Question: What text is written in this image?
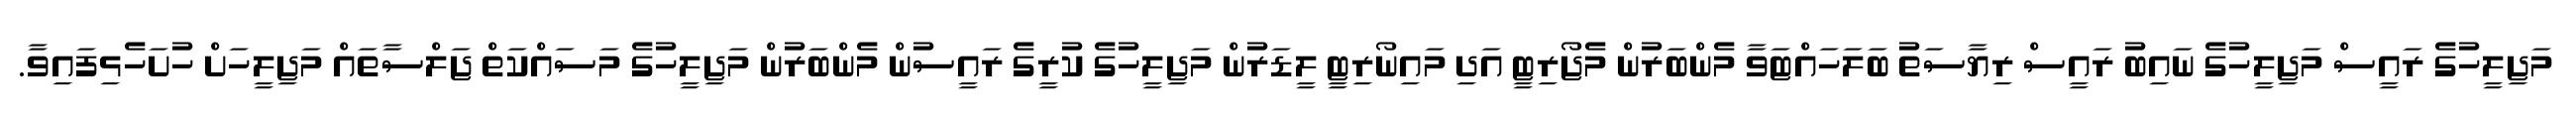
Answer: މަޖިލީހުގެ ރައީސް މަޖިލީހުގެ ނައިބު ރައީސް ރިޔާސަތު ބަލަހައްޓަވާ މެންބަރުން މެޖޯރިޓީ އަދި މައިނޯރިޓީ ލީޑަރުން މަޖިލީހުގެ ކުރީގެ ރައީސުން މެންބަރުން މަޖިލީހުގެ މަސައްކަތް ޖަލްސާތައް މަޖިލީހަށް ހުށަހެޅިފައިވާ.